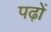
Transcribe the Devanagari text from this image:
पढ़ों